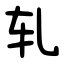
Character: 轧